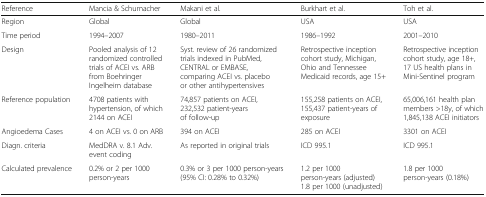
<table><thead><tr><td><b>Reference</b></td><td><b>Mancia &amp; Schumacher</b></td><td><b>Makani et al.</b></td><td><b>Burkhart et al.</b></td><td><b>Toh et al.</b></td></tr></thead><tbody><tr><td>Region</td><td>Global</td><td>Global</td><td>USA</td><td>USA</td></tr><tr><td>Time period</td><td>1994–2007</td><td>1980–2011</td><td>1986–1992</td><td>2001–2010</td></tr><tr><td>Design</td><td>Pooled analysis of 12 randomized controlled trials of ACEI vs. ARB from Boehringer Ingelheim database</td><td>Syst. review of 26 randomized trials indexed in PubMed, CENTRAL or EMBASE, comparing ACEI vs. placebo or other antihypertensives</td><td>Retrospective inception cohort study, Michigan, Ohio and Tennessee Medicaid records, age 15+</td><td>Retrospective inception cohort study, age 18+, 17 US health plans in Mini-Sentinel program</td></tr><tr><td>Reference population</td><td>4708 patients with hypertension, of which 2144 on ACEI</td><td>74,857 patients on ACEI, 232,532 patient-years of follow-up</td><td>155,258 patients on ACEI, 155,437 patient-years of exposure</td><td>65,006,161 health plan members &gt;18y, of which 1,845,138 ACEI initiators</td></tr><tr><td>Angioedema Cases</td><td>4 on ACEI vs. 0 on ARB</td><td>394 on ACEI</td><td>285 on ACEI</td><td>3301 on ACEI</td></tr><tr><td>Diagn. criteria</td><td>MedDRA v. 8.1 Adv. event coding</td><td>As reported in original trials</td><td>ICD 995.1</td><td>ICD 995.1</td></tr><tr><td>Calculated prevalence</td><td>0.2% or 2 per 1000 person-years</td><td>0.3% or 3 per 1000 person-years (95% CI: 0.28% to 0.32%)</td><td>1.2 per 1000 person-years (adjusted)1.8 per 1000 (unadjusted)</td><td>1.8 per 1000 person-years (0.18%)</td></tr></tbody></table>